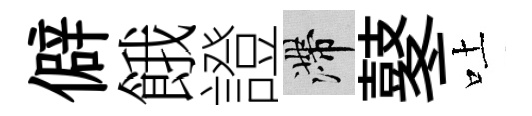
僻餓證滯鼕吐